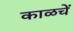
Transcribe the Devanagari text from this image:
काळचें